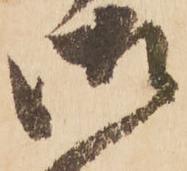
御